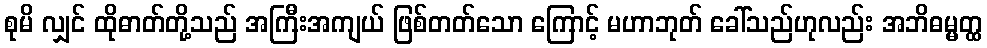
စုမိ လျှင် ထိုဓာတ်တို့သည် အကြီးအကျယ် ဖြစ်တတ်သော ကြောင့် မဟာဘုတ် ခေါ်သည်ဟုလည်း အဘိဓမ္မတ္ထ